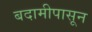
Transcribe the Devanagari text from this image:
बदामीपासून